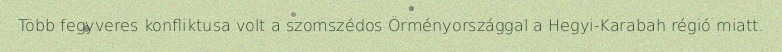
Több fegyveres konfliktusa volt a szomszédos Örményországgal a Hegyi-Karabah régió miatt.